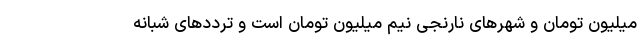
میلیون تومان و شهر‌های نارنجی نیم میلیون تومان است و تردد‌های شبانه